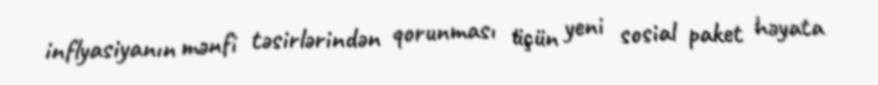
inflyasiyanın mənfi təsirlərindən qorunması üçün yeni sosial paket həyata